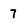
Character: 7